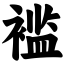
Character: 褴